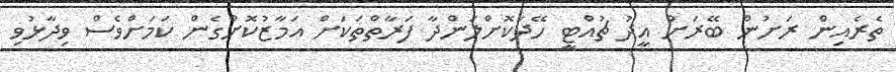
ތެރެއިން ރަށުން ބޭރަށް އީދު ޗުއްޓީ ހޭދަކޮށްލަންދާ ފަރާތްތަކަށް އަމާޒުކޮށްގެން ކަމަށްވެސް ވިދާޅުވި